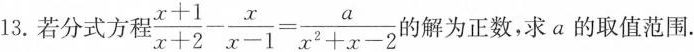
13.若分式方程 $$\frac{x+1}{x+2}- \frac{x}{x-1}= \frac{a}{x^{2}+x-2}$$ 的解为正数，求a的取值范围.